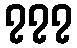
၇၇၇